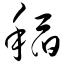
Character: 稻